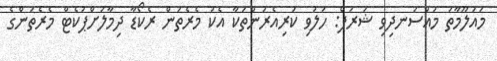
މައުލޫމާތު މުއްސަނދިވި ޝަރަފް: ހަލުވި ކުރިއެރުންތަކާ އެކު މެރެތަން ރެކޯޑާ ދިމާލަށްޕުކެޓް މެރެތަންގެ